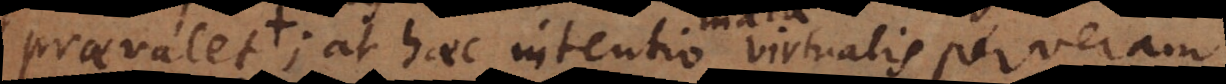
praevalet; at haec intentio virtualis per veram